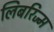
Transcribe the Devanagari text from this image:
लिबरिज्म